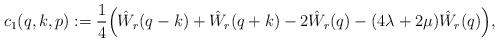
LaTeX: \begin{align*}c_1(q,k,p) := \frac{1}{4}\Big(\hat W_r(q-k)+ \hat W_r(q+k) - 2\hat W_r(q) - (4\lambda+2\mu) \hat W_r(q)\Big),\end{align*}